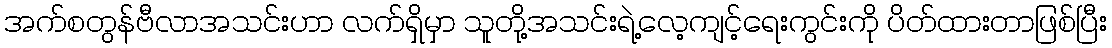
အက်စတွန်ဗီလာအသင်းဟာ လက်ရှိမှာ သူတို့အသင်းရဲ့လေ့ကျင့်ရေးကွင်းကို ပိတ်ထားတာဖြစ်ပြီး